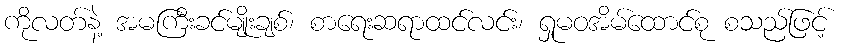
ကိုလတ်နဲ့ အမကြီးခင်မျိုးချစ်၊ စာရေးဆရာထင်လင်း၊ ရှုမဝအိမ်ထောင်စု စသည်ဖြင့်